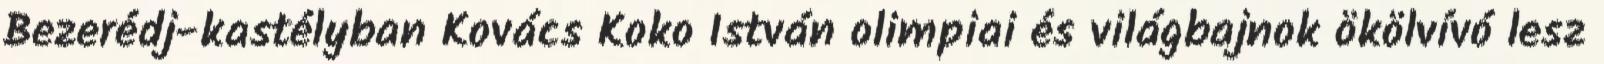
Bezerédj-kastélyban Kovács Koko István olimpiai és világbajnok ökölvívó lesz